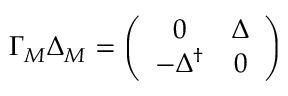
\Gamma _ { M } \Delta _ { M } = \left( \begin{array} { c c } { { 0 } } & { { \Delta } } \\ { { - \Delta ^ { \dagger } } } & { { 0 } } \end{array} \right)